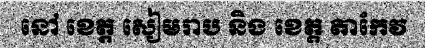
នៅ ខេត្ត សៀមរាប និង ខេត្ត តាកែវ